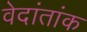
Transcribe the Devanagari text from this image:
वेदांतांक